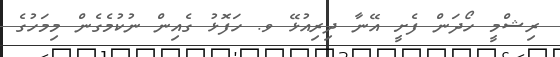
ރިޝްމީ ހޯދަން ފެށީ އޭނާ ދިރިއުޅޭ ވ. ހަފޮޅު ގެއިން ނުކުމެގެން މިމަހުގެ